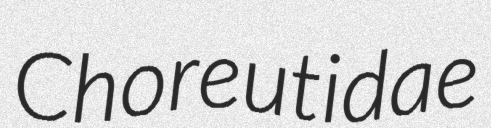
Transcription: Choreutidae